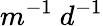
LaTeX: m^{-1}\ d^{-1}